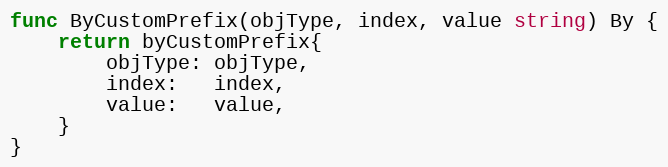
Language: Go
func ByCustomPrefix(objType, index, value string) By {
	return byCustomPrefix{
		objType: objType,
		index:   index,
		value:   value,
	}
}